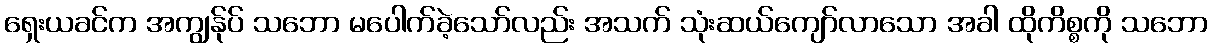
ရှေးယခင်က အကျွန်ုပ် သဘော မပေါက်ခဲ့သော်လည်း အသက် သုံးဆယ်ကျော်လာသော အခါ ထိုကိစ္စကို သဘော